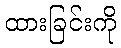
ထားခြင်းကို